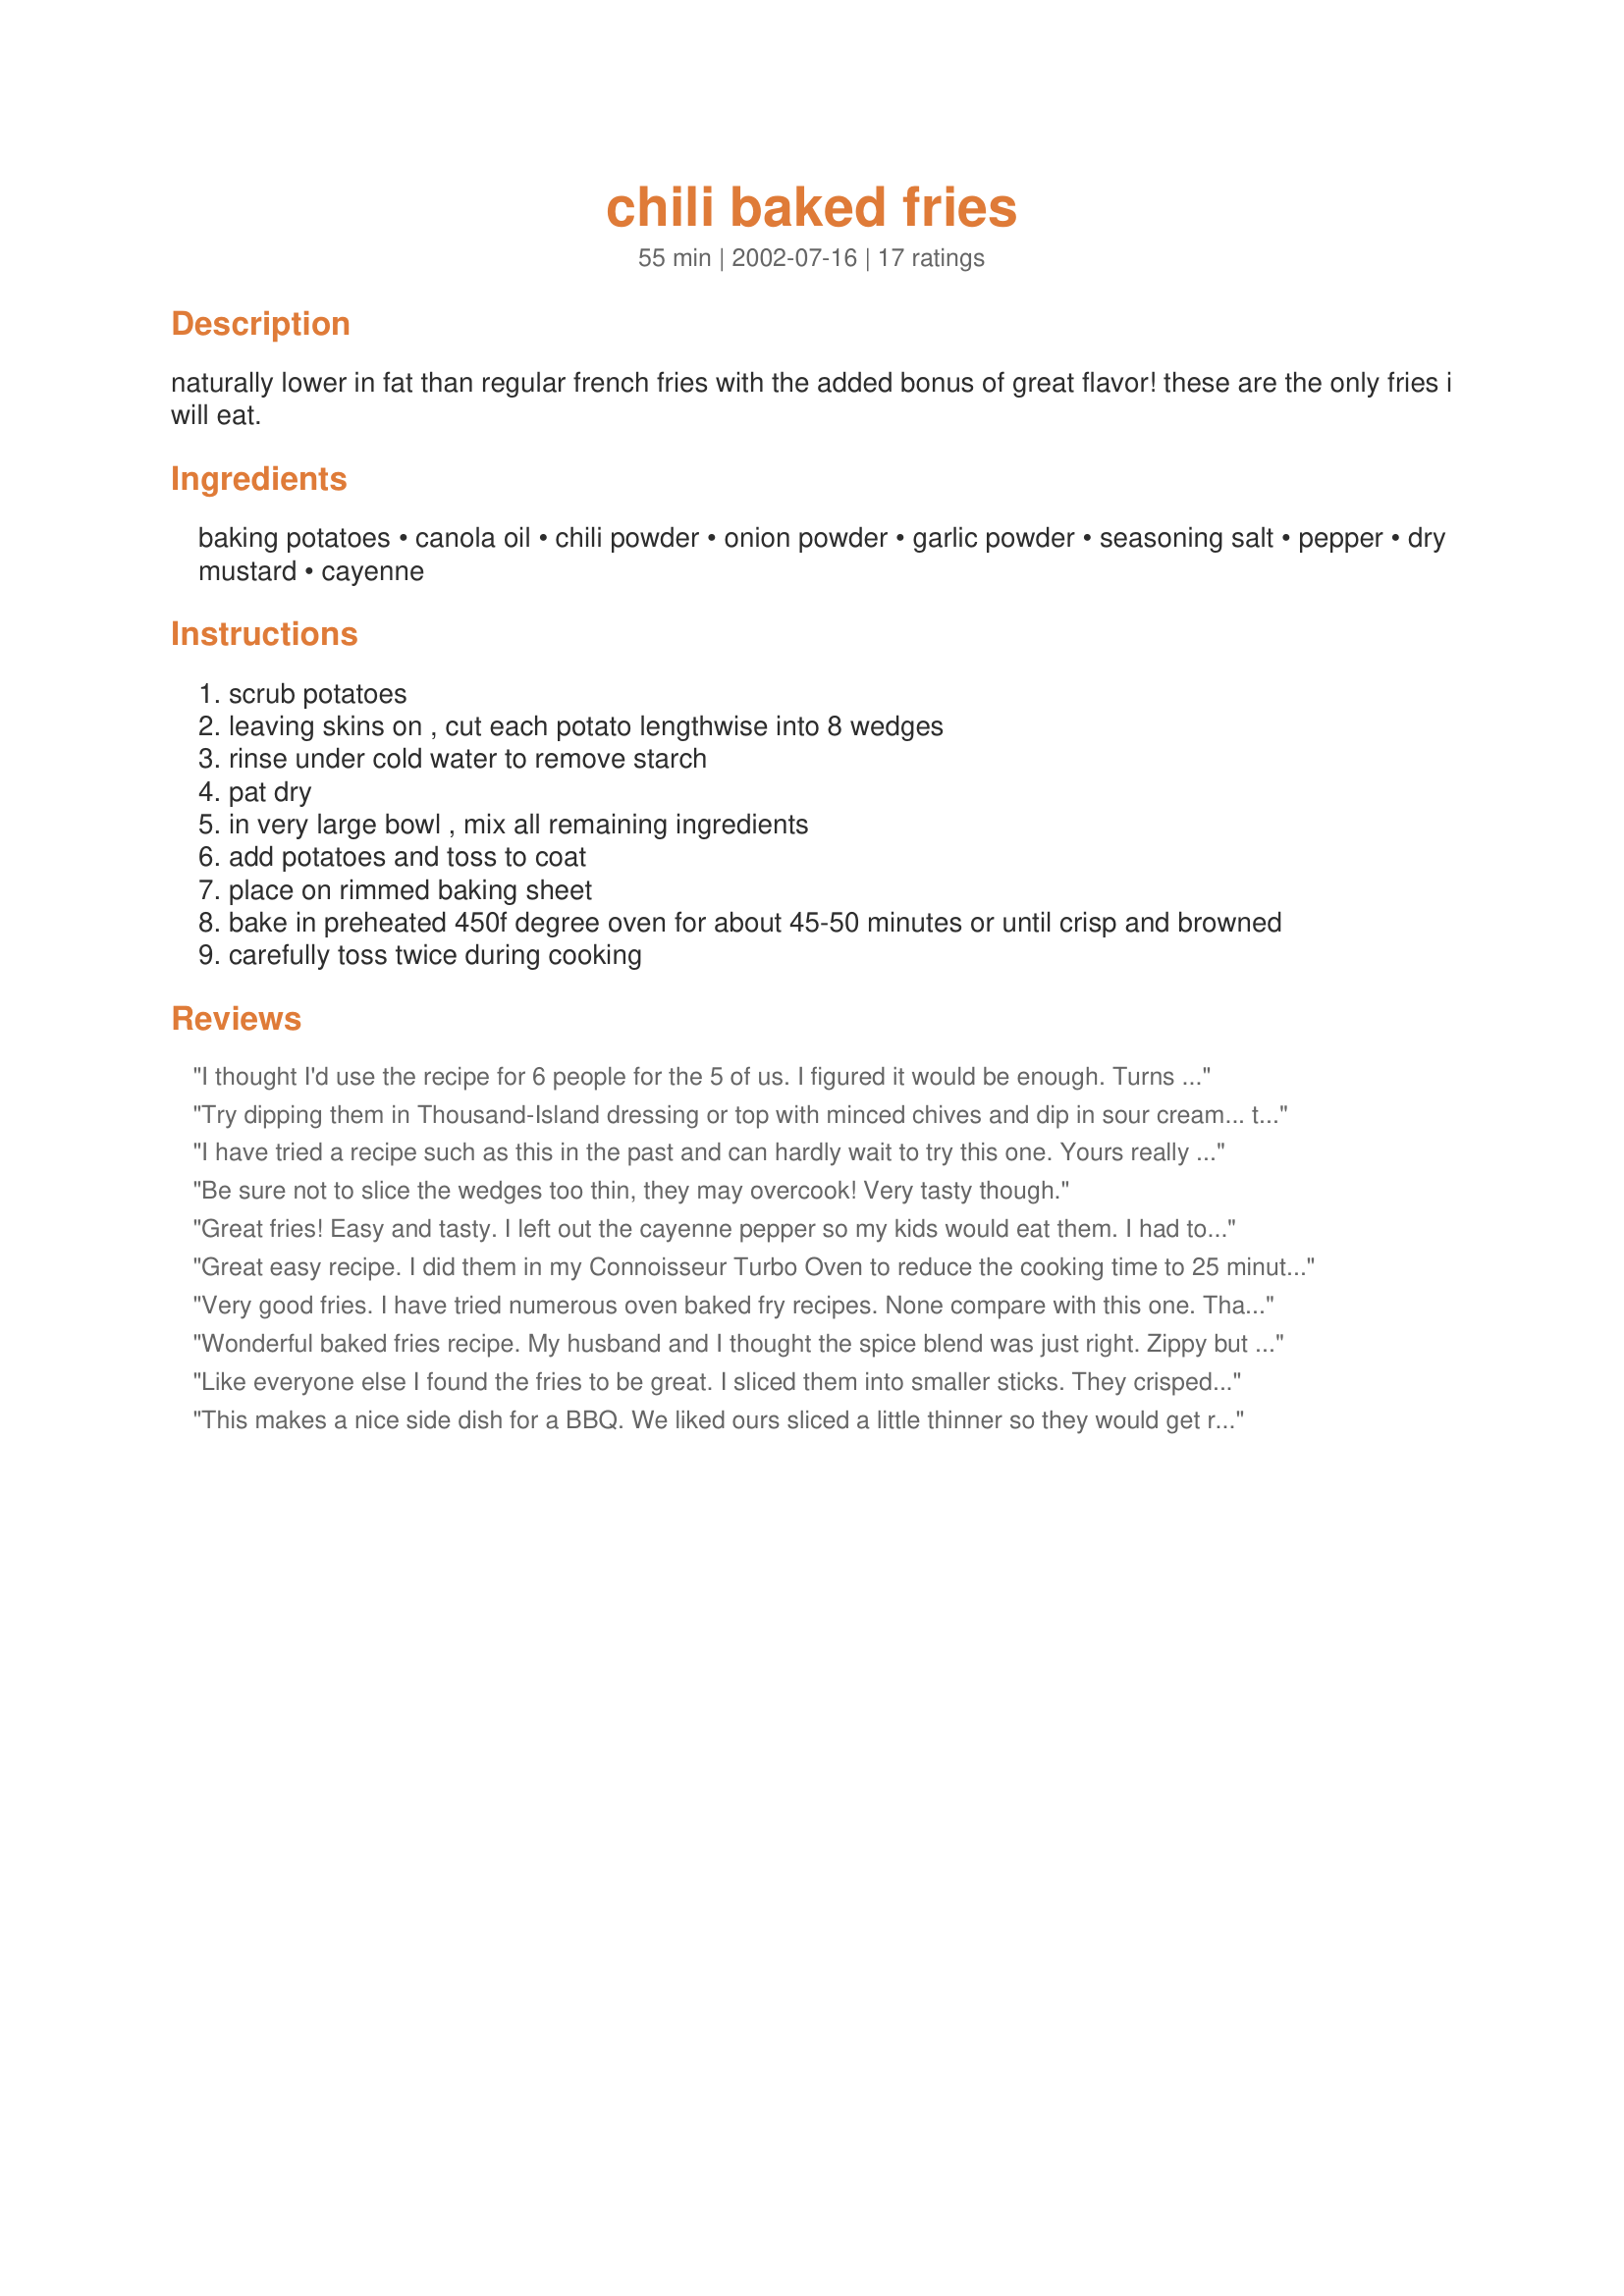
chili baked fries
Preparation time: 55 minutes

naturally lower in fat than regular french fries with the added bonus of great flavor! these are the only fries i will eat.

Ingredients:
baking potatoes, canola oil, chili powder, onion powder, garlic powder, seasoning salt, pepper, dry mustard, cayenne

Steps:
scrub potatoes
leaving skins on , cut each potato lengthwise into 8 wedges
rinse under cold water to remove starch
pat dry
in very large bowl , mix all remaining ingredients
add potatoes and toss to coat
place on rimmed baking sheet
bake in preheated 450f degree oven for about 45-50 minutes or until crisp and browned
carefully toss twice during cooking

Reviews:
I thought I'd use the recipe for 6 people for the 5 of us. I figured it would be enough. Turns out, I should've made enough for 10 people instead! These are delicious, and the recipe is now in my recipe box. Thank you for posting this.
:o)
Try dipping them in Thousand-Island dressing or top with minced chives and dip in sour cream... they're terrific!
I have tried a recipe such as this in the past and can hardly wait to try this one. Yours really makes my mouth water.
Be sure not to slice the wedges too thin, they may overcook! Very tasty though.
Great fries! Easy and tasty. I left out the cayenne pepper so my kids would eat them. I had to double the seasoning part to cover all the potatoes but that could be just because my potatoes were too big.
Great easy recipe. I did them in my Connoisseur Turbo Oven to reduce the cooking time to 25 minutes. Excellent result. I have asked my demonstrators to use this recipe to feed the 'seagulls' (those that woof down free tucka with no intention to buy) when we do an in-store demonstration of my Turbo Oven. Brilliant!
Very good fries. I have tried numerous oven baked fry recipes. None compare with this one. Thanks for posting.
Wonderful baked fries recipe. My husband and I thought the spice blend was just right. Zippy but not burn your mouth hot. The potates were very tender. Thanks for posting this.
Like everyone else I found the fries to be great. I sliced them into smaller sticks. They crisped up nicely. Good flavour. Thanks for posting
This makes a nice side dish for a BBQ. We liked ours sliced a little thinner so they would get really crispy. Very easy to make.
Delicious! I can't think of a thing that would improve these potatoes!! Flavour is perfect & nice tender potatoes with a crunchy skin. I thought the method used to get the seasoning on the potatoes was going to be difficult but it was perfect, too.
I used this on some thawed, frozen Ore Ida french fries. Gave them a nice twist. Turned out great. Thanks for the idea!
These were okay, but didn't have a lot of flavor. We had to use ketchup. But nobody else seemed to have that problem, so maybe our chili powder is just too old and has lost some flavor. They were quick to put together and cooked nicely on the grill.
Great ! I mixed the potatoes and seasoning in a ziploc bag for easy clean up and also sliced them into smaller sticks. Just the right amount of zip.
These fries have a wonderful combination of flavors! The only thing I did different was I sliced them like french fries as I thought they wouldn't take so long to cook! M&Mers, I thank you for sharing!
Did these without the onion powder, only because I didn't have any, and they were delicious. Very tasty. Enjoyed by one and all. Will add this to my extensive list of potato recipes. Great combination of spices.
This was my first time cooking wedges, and they turned out just fine. They were very tasty and the texture was as we like it: crisp on the outside, and soft in the centre. I was overly generous with the chilli, so we had them with lite sour cream to take some of the bite off. Cooking time was spot on.
